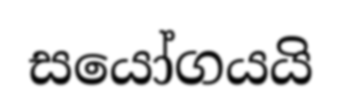
සයෝගයයි